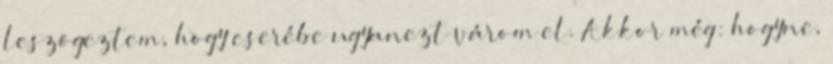
leszögeztem, hogy cserébe ugyanezt várom el. Akkor még: hogyne,